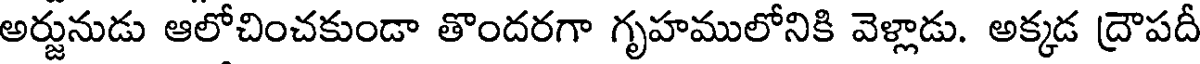
అర్జునుడు ఆలోచించకుండా తొందరగా గృహములోనికి వెళ్లాడు. అక్కడ ద్రౌపదీ